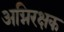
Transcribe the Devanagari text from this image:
अग्निरक्षक